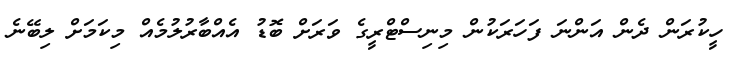
ހީކުރަން ދެން އަންނަ ފަހަރަކުން މިނިސްޓްރީގެ ވަރަށް ބޮޑު އެއްބާރުލުމެއް މިކަމަށް ލިބޭނެ